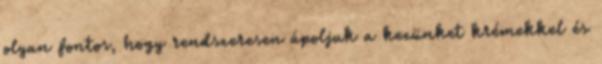
olyan fontos, hogy rendszeresen ápoljuk a kezünket krémekkel és